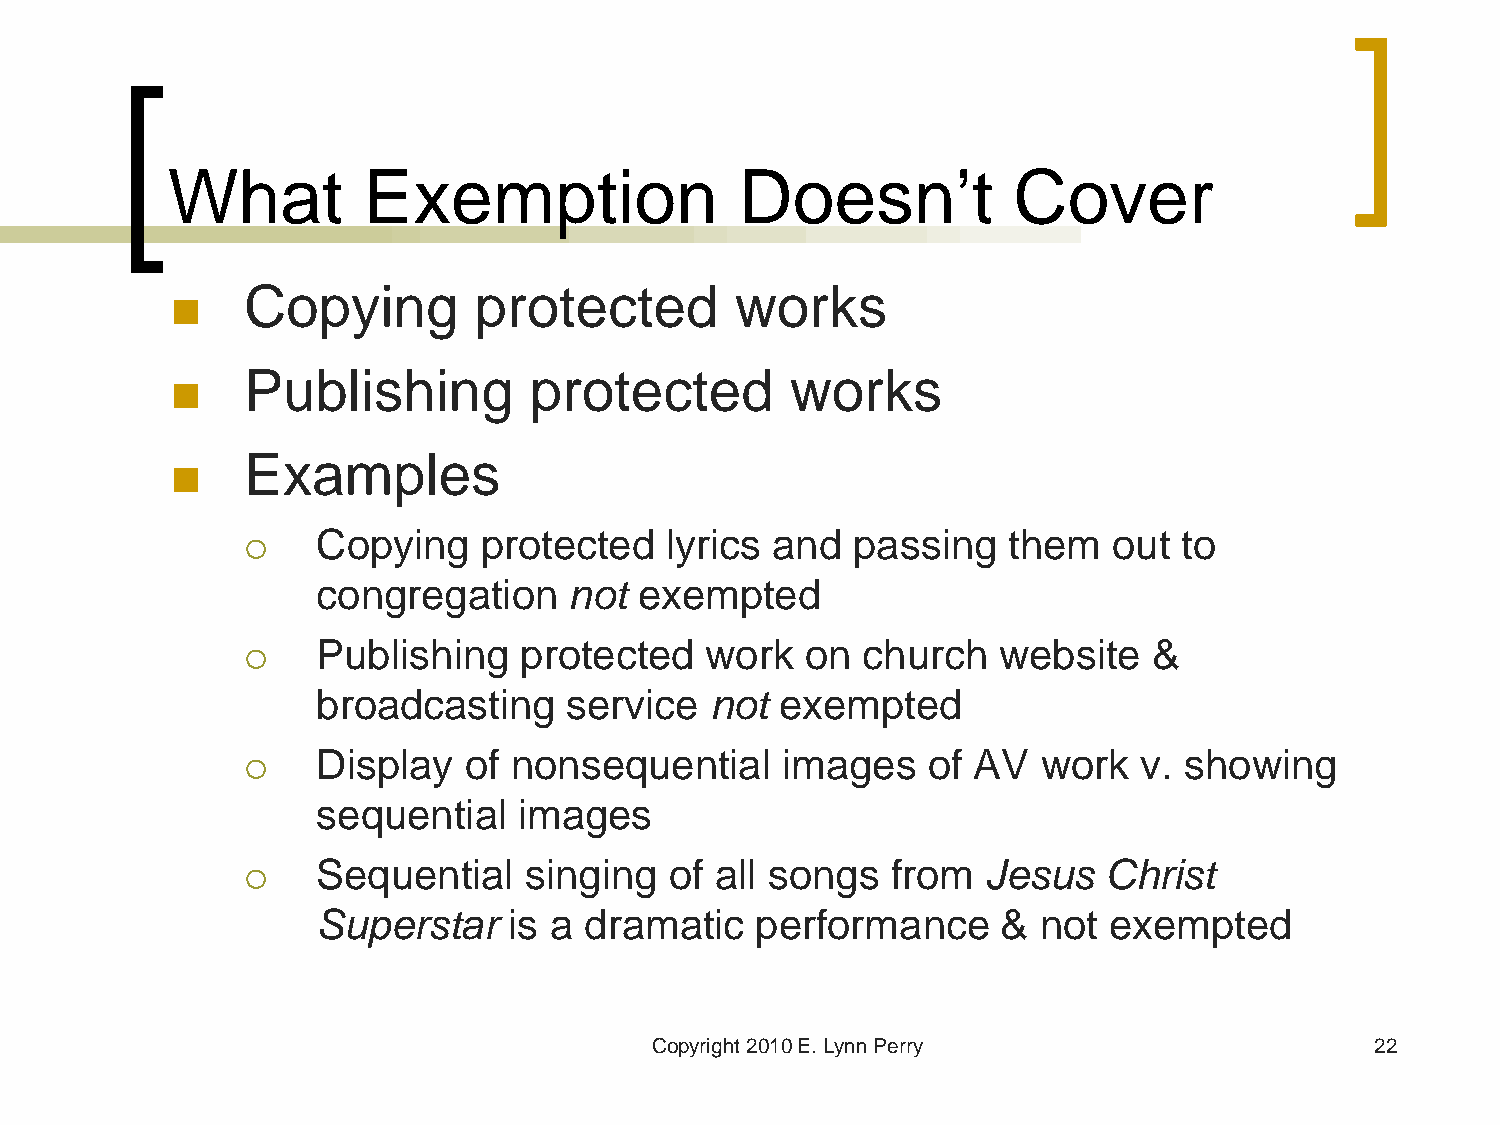
What         Exemption                Doesn’t           Cover
 Copying        protected         works
 
 Publishing         protected        works
 
 Examples
 
 Copying    protected   lyrics and  passing    them   out to
 
 congregation     not exempted
 Publishing   protected    work  on  church   website   &
 
 broadcasting    service   not  exempted
 Display   of nonsequential     images   of AV   work   v. showing
 
 sequential   images
 Sequential    singing  of all songs   from  Jesus   Christ
 
 Superstar    is a dramatic   performance     &  not exempted
 Copyright 2010 E. Lynn Perry                    22